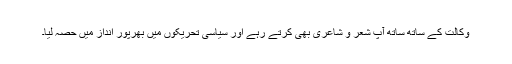
وکالت کے ساتھ ساتھ آپ شعر و شاعری بھی کرتے رہے اور سیاسی تحریکوں میں بھرپور انداز میں حصہ لیا۔